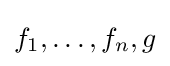
f_{1},\dots ,f_{n},g